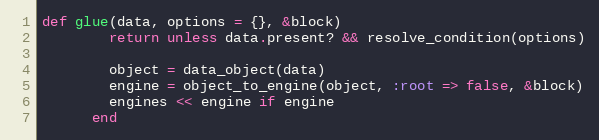
Language: Ruby
def glue(data, options = {}, &block)
        return unless data.present? && resolve_condition(options)

        object = data_object(data)
        engine = object_to_engine(object, :root => false, &block)
        engines << engine if engine
      end